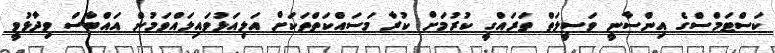
ކަސްޓަމްސްގެ އިންސާނީ ވަސީލަތް ތަރައްގީ ކުރުމަށް ކުރާ މަސައްކަތްތަކަށް އަލިއަޅުވައިލައްވަމުން އައްބާސް ވިދާޅުވީ